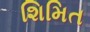
શિમિત